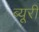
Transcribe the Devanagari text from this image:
ब्यूरी